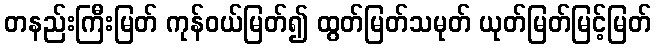
တနည်းကြီးမြတ် ကုန်ဝယ်မြတ်၍ ထွတ်မြတ်သမုတ် ယုတ်မြတ်မြင့်မြတ်